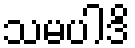
သမပါဒိ